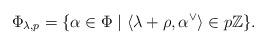
LaTeX: \begin{align*} \Phi_{\lambda,p} = \{\alpha \in \Phi \mid \langle \lambda + \rho, \alpha^{\vee}\rangle \in p\mathbb{Z} \}. \end{align*}